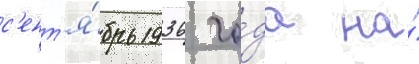
с'ент'я́брь 1936 го́да на́